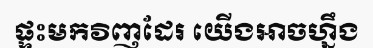
ផ្ទះមកវិញដែរ យើងអាចហ្នឹង